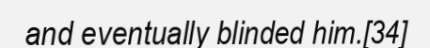
and eventually blinded him.[34]